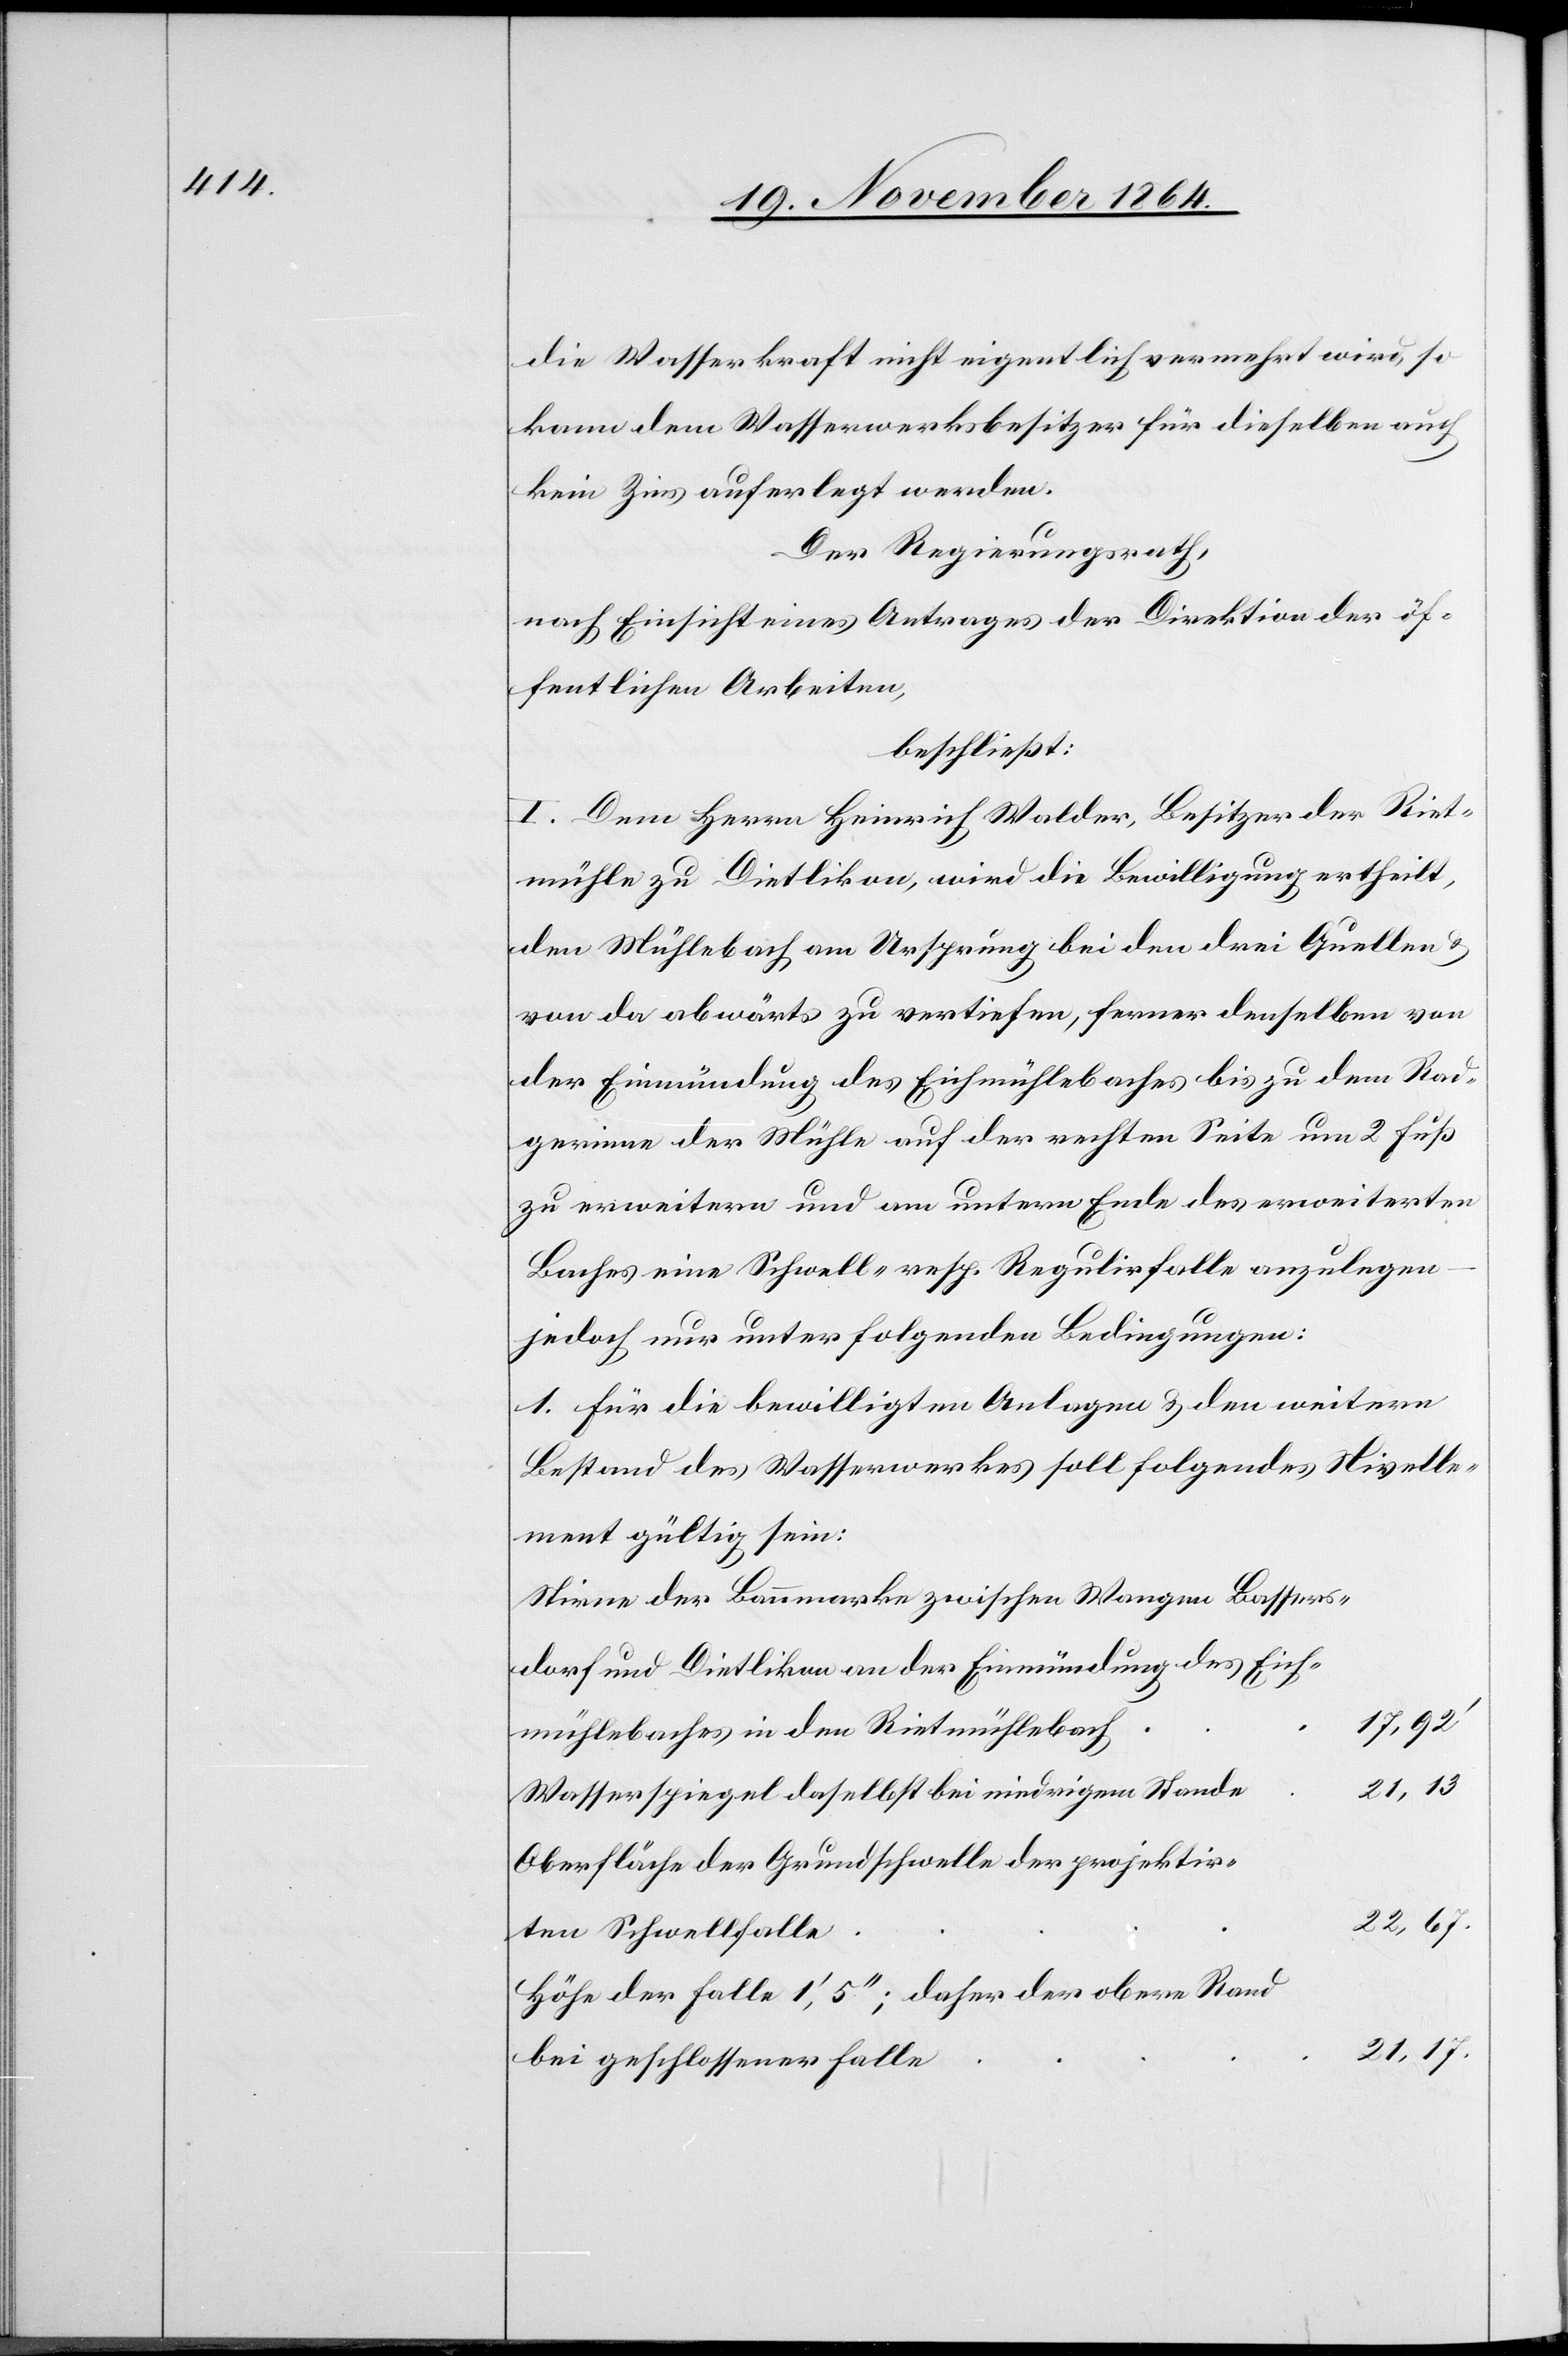
die Wasserkraft nicht eigentlich vermehrt wird, so
kann dem Wasserwerksbesitzer für dieselben auch
kein Zins auferlegt werden.
Der Regierungsrath
nach Einsicht eines Antrages der Direktion der öf¬
fentlichen Arbeiten,
beschließt:
I. Dem Herrn Heinrich Walder, Besitzer der Riet¬
mühle zu Dietlikon, wird die Bewilligung ertheilt,
den Mühlebach am Ursprung bei den drei Quellen &
von da abwärts zu vertiefen, ferner denselben von
der Einmündung des Eichmühlebaches bis zu dem Rad¬
gerinne der Mühle auf der rechten Seite um 2 Fuß
zu erweitern und am untern Ende des erweiterten
Baches eine Schwell- resp. Regulirfalle anzulegen
jedoch nur unter folgenden Bedingungen:
1. Für die bewilligten Anlagen & den weitern
Bestand des Wasserwerkes soll folgendes Nivelle¬
ment gültig sein:
Stirne der Bannmarke zwischen Wangen Bassers¬
dorf und Dietlikon an der Einmündung des Eich¬
17,92’
mühlebaches in den Rietmühlebach
21,13
Wasserspiegel daselbst bei niedrigem Stande
Oberfläche der Grundschwelle der projektir¬
22,67.
ten Schwellfalle
Höhe der Falle 1’, 5’’; daher der obere Rand
21,17.
bei geschlossener Falle